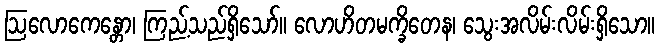
ဩလောကေန္တော၊ ကြည့်သည်ရှိသော်။ လောဟိတမက္ခိတေန၊ သွေးအလိမ်းလိမ်းရှိသော။